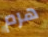
هرم